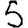
Digit: 5